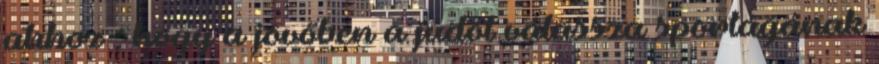
ahhoz , hogy a jövőben a judot válassza sportágának